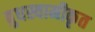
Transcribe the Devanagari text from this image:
बुधस्वामीकृत